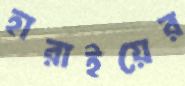
হারাইয়ের